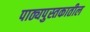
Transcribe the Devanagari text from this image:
पाठ्यपुस्तकातील